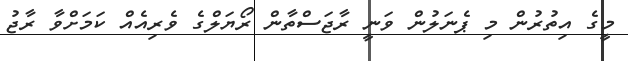
މީގެ އިތުރުން މި ޕެނަލުން ވަނީ ރާޖަސްތާން ރޯޔަލްގެ ވެރިއެއް ކަމަށްވާ ރާޖު